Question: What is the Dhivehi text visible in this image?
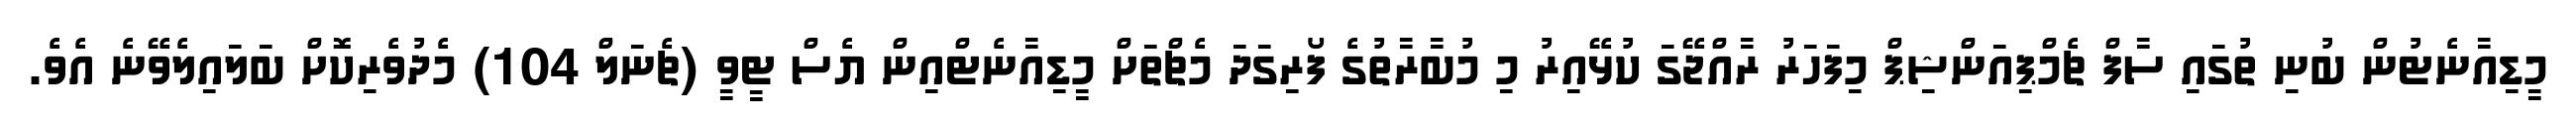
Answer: މީޑިއާނެޓުން ބުނި ތުގައި ސާފް ޗެމްޕިއަންޝިޕް މިފަހަރު ރާއްޖޭގަ ކުޅޭއިރު މި މުބާރާތުގެ ފޯރިގަދަ މެޗްތަށް މީޑިއާނެޓްއިން ޔެސް ޓީވީ (ޗެނަލް 104) މެދުވެރިކޮށް ބަލައިލެވޭނެ އެވެ.